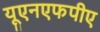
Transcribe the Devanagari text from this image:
यूएनएफपीए